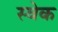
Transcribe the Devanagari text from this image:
स्वेक